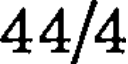
44/4